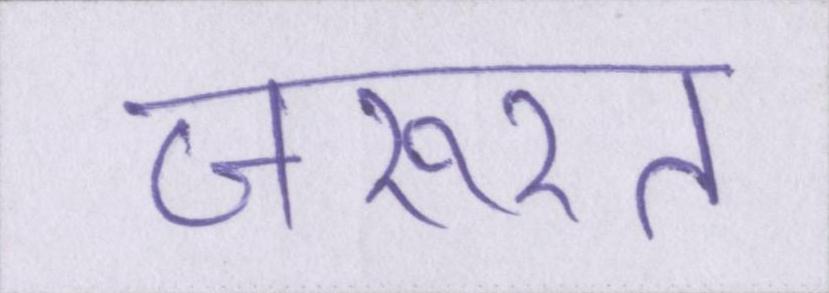
जरूरत